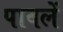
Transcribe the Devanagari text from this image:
पावलें